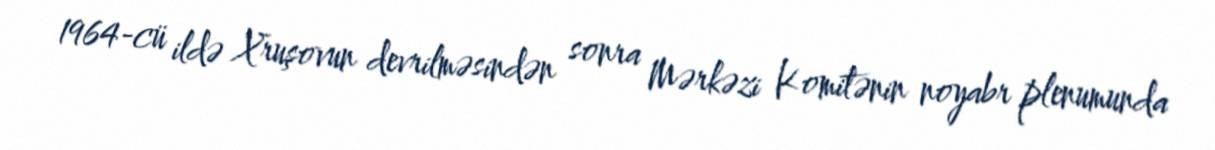
1964-cü ildə Xruşovun devrilməsindən sonra Mərkəzi Komitənin noyabr plenumunda